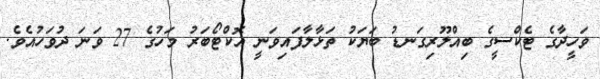
ވަހީދާގެ ޓެކްސީގެ ބިއްލޫރިގަނޑު ބަޔަކު ތަޅާލާފައިވަނީ އޮކްޓޯބަރު މަހުގެ 27 ވަނަ ދުވަހުއެވެ.